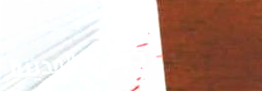
كوفي المدينة